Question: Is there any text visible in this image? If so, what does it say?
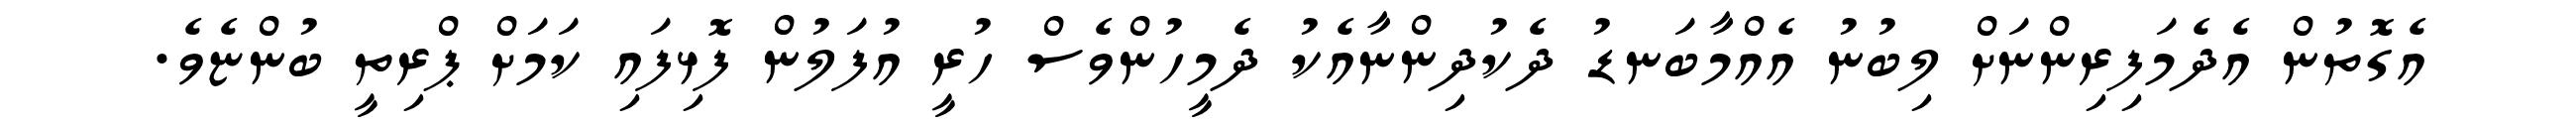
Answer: އެގޮތުން އެދެމަފިރިންނަށް ލިބުނު އެއްމާބަނޑު ދެކުދިންނާއެކު ދެމީހުންވެސް ހުރީ އުފަލުން ފޮޅިފައި ކަމަށް ޕްރިތީ ބުންޏެވެ.